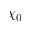
\chi _ { 0 }